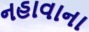
નહાવાના